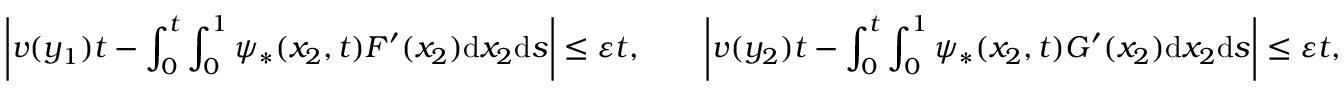
\left| v ( y _ { 1 } ) t - \int _ { 0 } ^ { t } \int _ { 0 } ^ { 1 } \psi _ { * } ( x _ { 2 } , t ) F ^ { \prime } ( x _ { 2 } ) \mathrm { d } x _ { 2 } \mathrm { d } s \right| \leq \varepsilon t , \qquad \left| v ( y _ { 2 } ) t - \int _ { 0 } ^ { t } \int _ { 0 } ^ { 1 } \psi _ { * } ( x _ { 2 } , t ) G ^ { \prime } ( x _ { 2 } ) \mathrm { d } x _ { 2 } \mathrm { d } s \right| \leq \varepsilon t ,